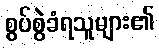
စွပ်စွဲခံရသူများ၏